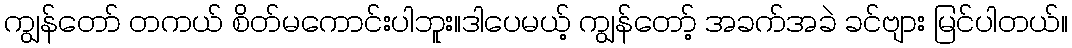
ကျွန်တော် တကယ် စိတ်မကောင်းပါဘူး။ဒါပေမယ့် ကျွန်တော့် အခက်အခဲ ခင်ဗျား မြင်ပါတယ်။